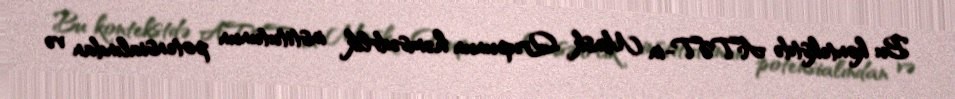
Bu kontekstdə ATƏT-in Minsk Qrupunun həmsədrlik institutunun potensialından və